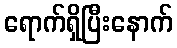
ရောက်ရှိပြီးနောက်